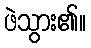
ဖဲသွား၏။